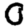
Digit: 0